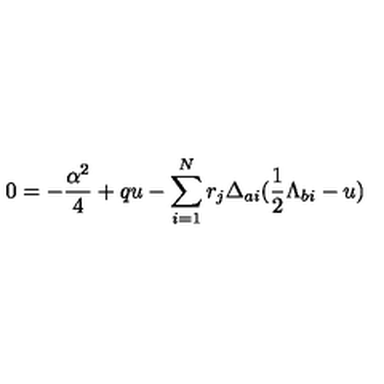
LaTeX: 0 = - { \frac { \alpha ^ { 2 } } { 4 } } + q u - \sum _ { i = 1 } ^ { N } r _ { j } \Delta _ { a i } ( { \frac { 1 } { 2 } } \Lambda _ { b i } - u )